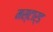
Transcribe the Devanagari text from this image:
मस्टार्ड